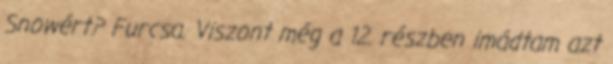
Snowért? Furcsa. Viszont még a 12. részben imádtam azt